65_HS1-834228961_62-HQ-83894_Section_7
Agency: FBI
Page 205
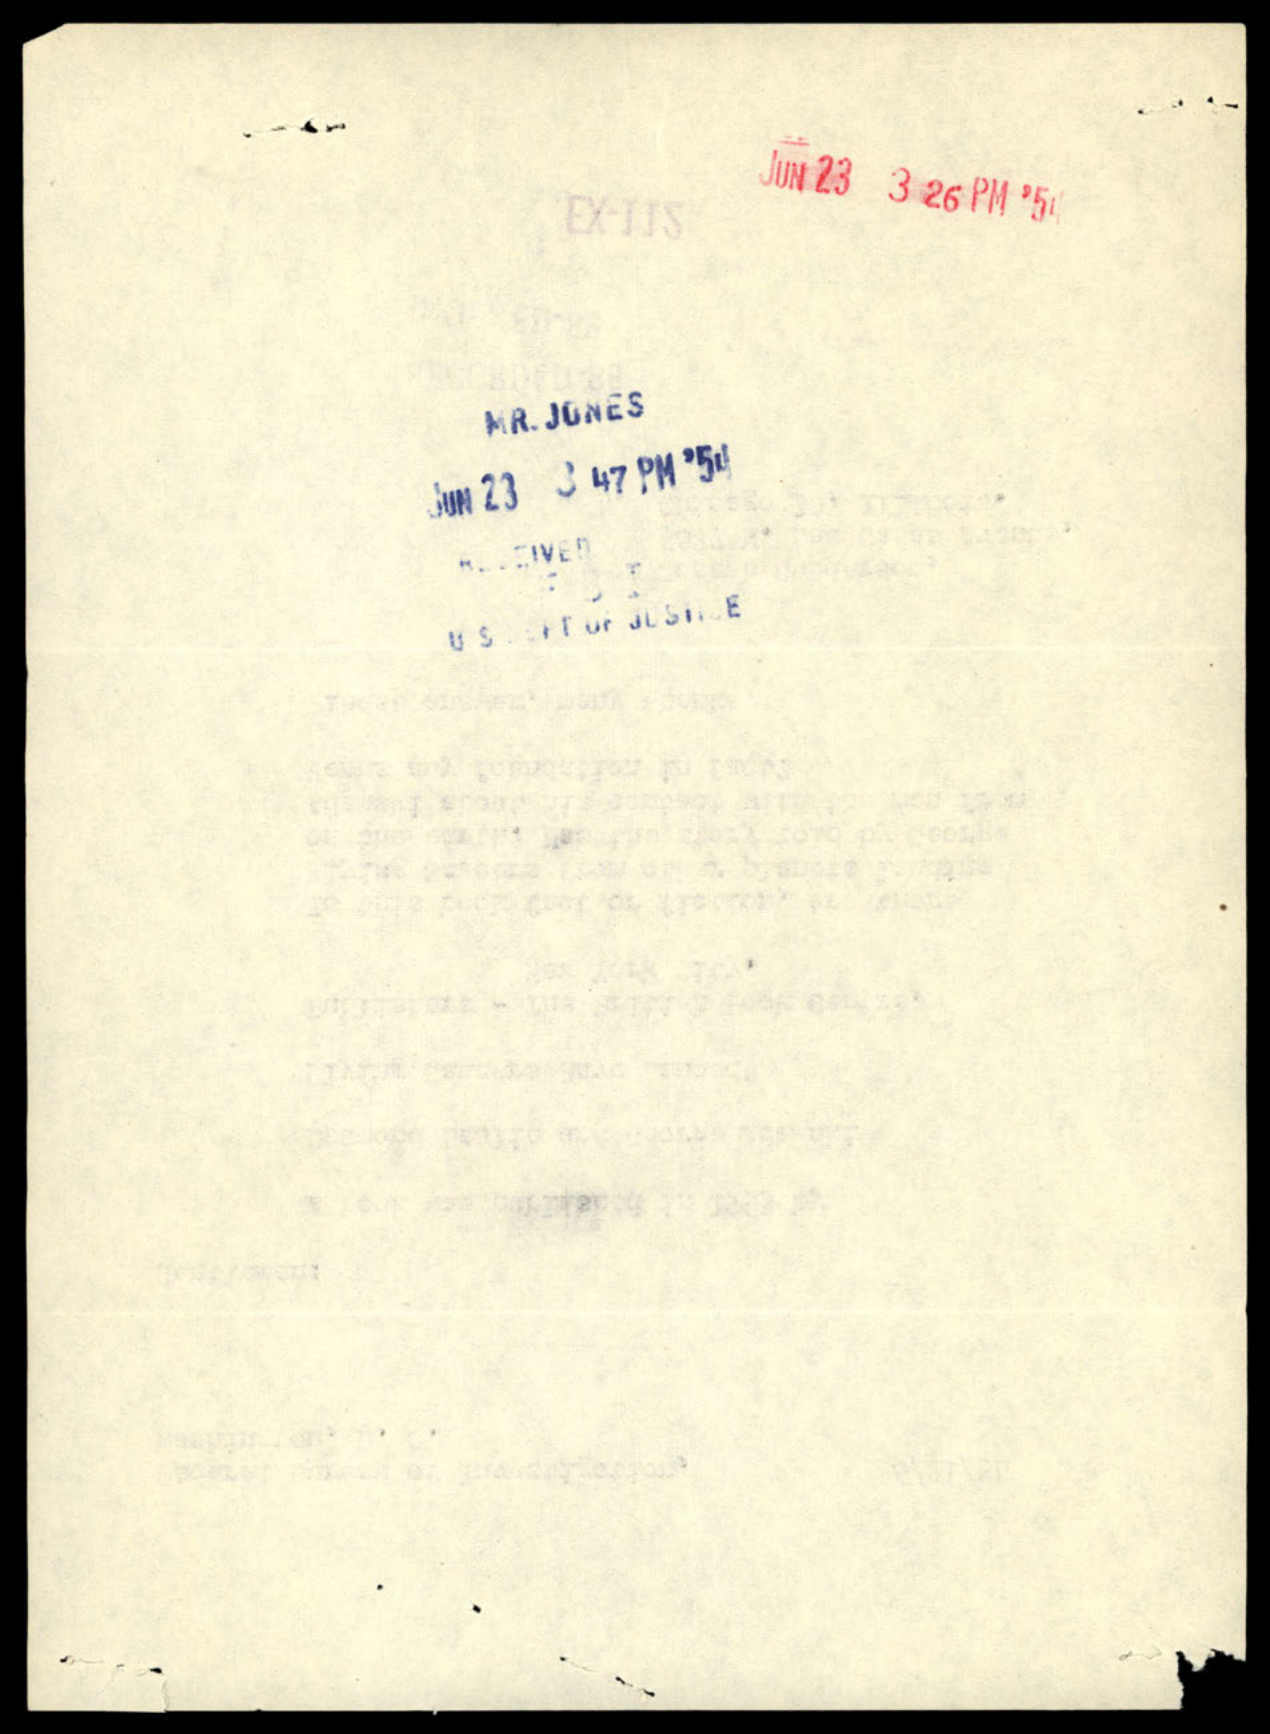